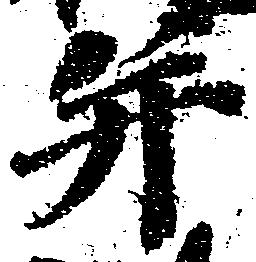
并